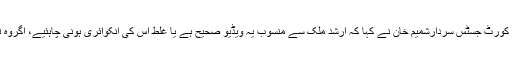
تفصیلات کے مطابق چیف جسٹس لاہورہائی کورٹ جسٹس سردارشمیم خان نے کہا کہ ارشد ملک سے منسوب یہ ویڈیو صحیح ہے یا غلط اس کی انکوائری ہونی چاہئیے، اگروہ تسلیم کرلیتے تو اور بات تھی ہم ایکشن لیتے۔